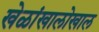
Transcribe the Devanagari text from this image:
खेळांखालोखाल